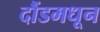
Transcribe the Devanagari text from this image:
दौंडमधून